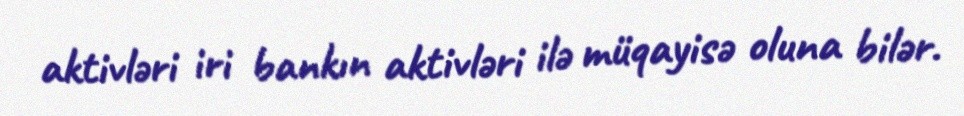
aktivləri iri bankın aktivləri ilə müqayisə oluna bilər.